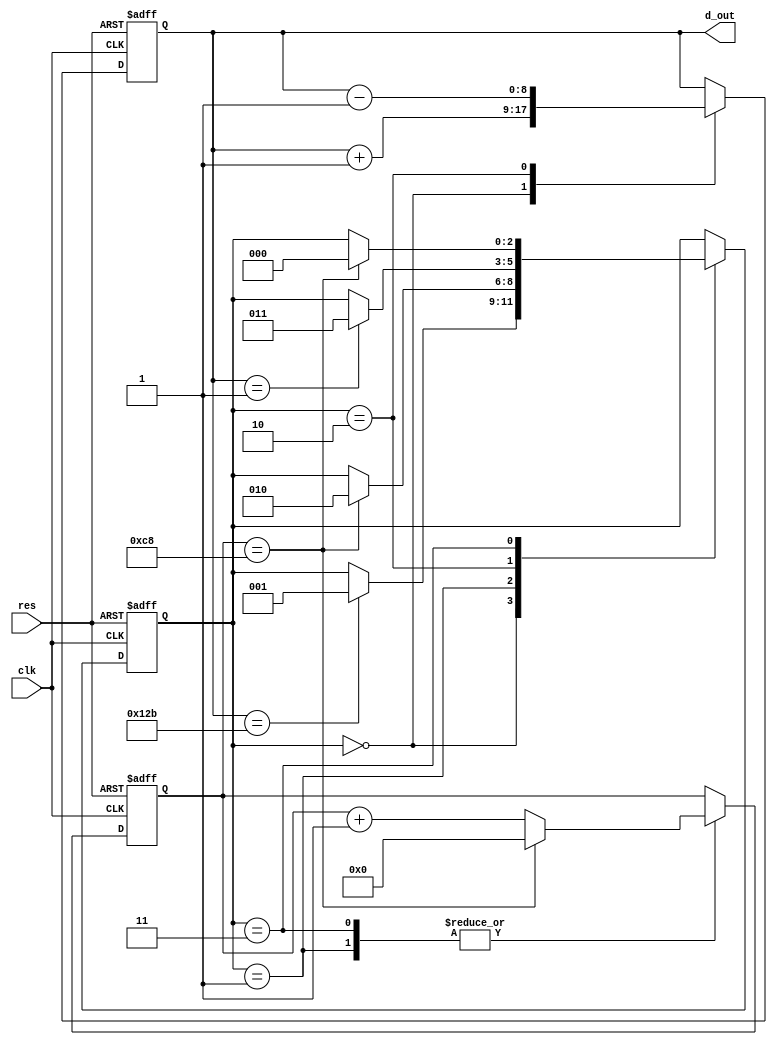
//2022-05-18 ,
//16;

`timescale 1ns/10ps
module tri_gen(
                 clk,
		           res,
                 d_out);

input            clk;
input            res;
output[8:0]      d_out;     



reg[2:0]             state ; 

reg[8:0]        d_out;

reg[7:0]        con; //,

always@(posedge clk or negedge res )


   if (~res )begin 
   state<=0;d_out<=0; con<=0;
   end

   else begin 

      case(state)

      0://
        begin 
        d_out<=d_out+1; 
        
        if(d_out==299) begin
           state <=1;
           end
        end

      1://
        begin 
        con<=con+1; 
        
        if(con==200) begin
           state <=2;
           con<=0;
           end
         else begin 
           con<=con+1;
           end
        end

      2://
        begin 
        d_out<=d_out-1;
        
        if (d_out==1)begin 
            state<=3;
            end
        end


      3://
        begin 
        con<=con+1; 
        
        if(con==200) begin
           state <=0;
           con<=0;
           end
         else begin 
           con<=con+1;
           end
        end
        endcase
   end

endmodule